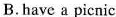
B.have a picnic